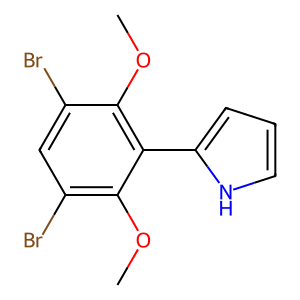
SMILES: COc1c(Br)cc(Br)c(OC)c1-c1ccc[nH]1
Inhibits HIV replication: No